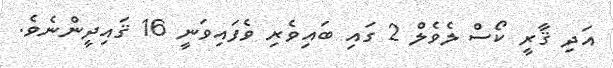
އަދި ޤާރީ ކޯސް ލެވެލް 2 ގައި ބައިވެރި ވެފައިވަނީ 16 ޤައިދީންނެވެ.